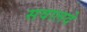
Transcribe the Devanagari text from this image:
सवालदे